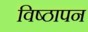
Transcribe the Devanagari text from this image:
विष्ठापन